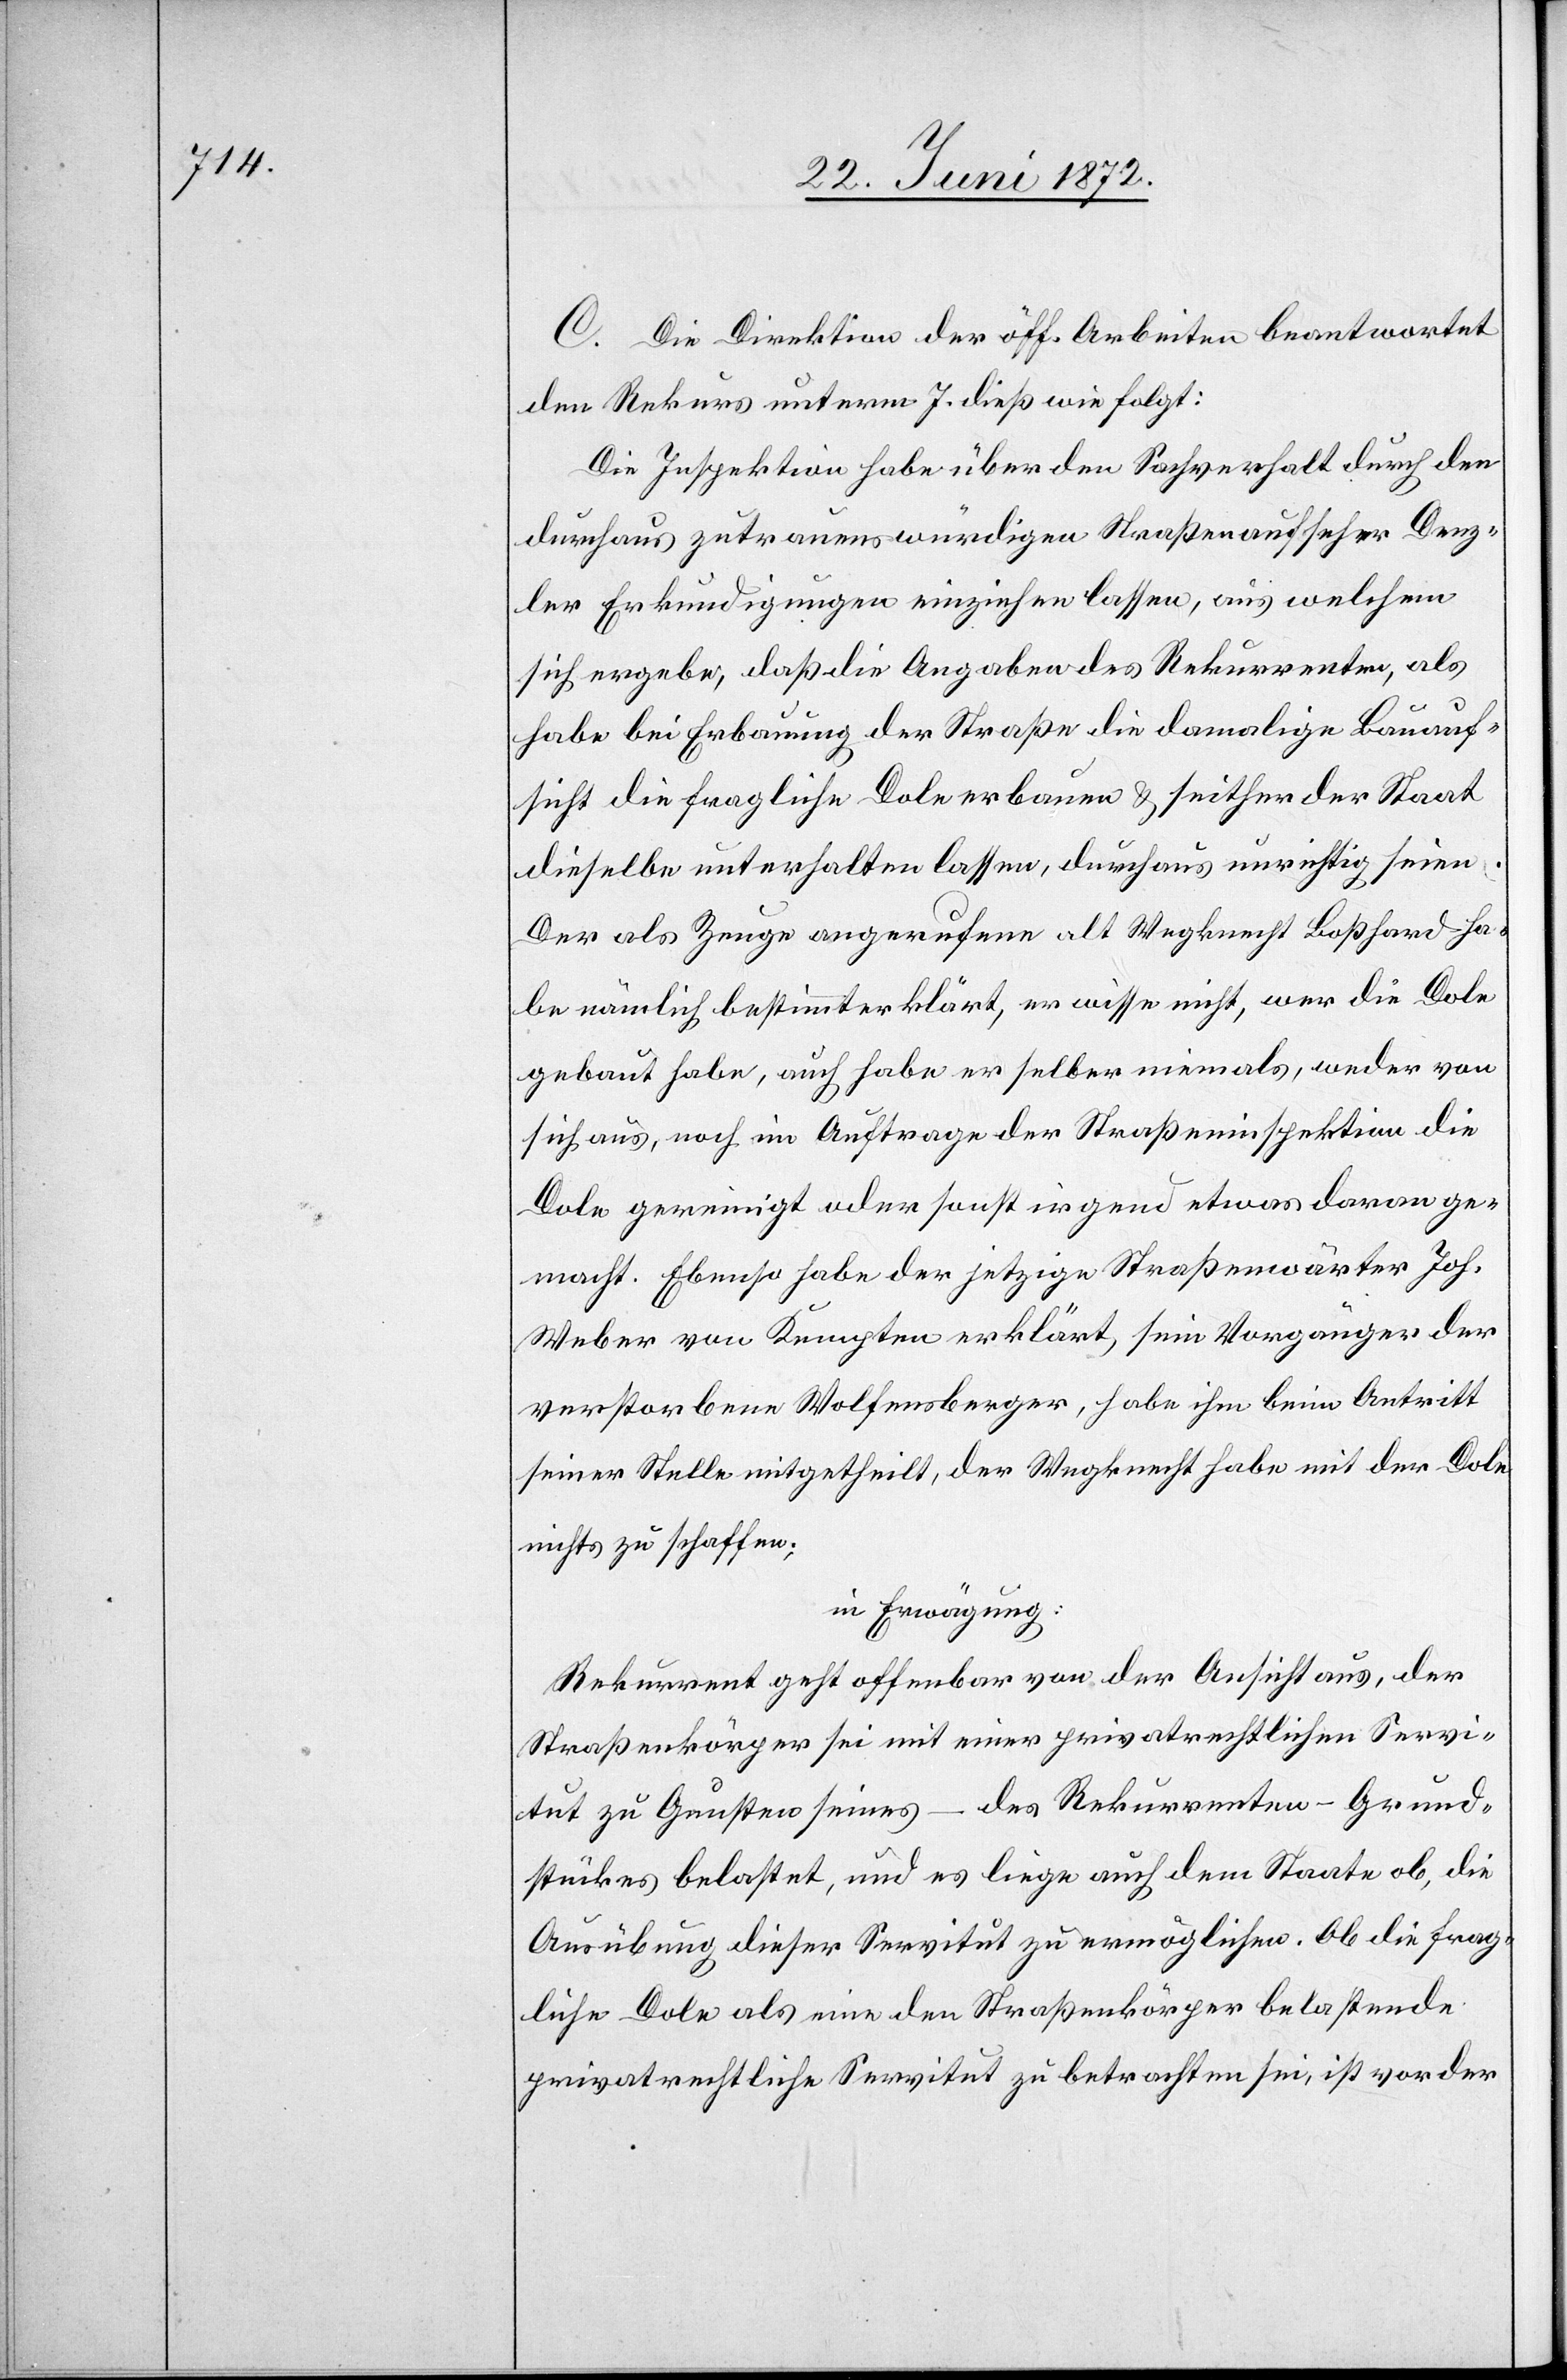
C. Die Direktion der öff. Arbeiten beantwortet
den Rekurs unterm 7. dieß wie folgt:
Die Inspektion habe über den Sachverhalt durch den
durchaus zutrauenswürdigen Straßenaufseher Denz¬
ler Erkundigungen einziehen lassen, aus welchem
sich ergebe, daß die Angaben des Rekurrenten, als
habe bei Erbauung der Straße die damalige Bauauf¬
sicht die fragliche Dole erbauen u. seither der Staat
dieselbe unterhalten lassen [sic!], durchaus unrichtig seien.
Der als Zeuge angerufene alt Wegknecht Boßhard ha¬
be nämlich bestimmt erklärt, er wisse nicht, wer die Dole
Dole gereinigt oder sonst irgend etwas daran ge¬
macht. Ebenso habe der jetzige Straßenwärter Joh.
Weber vom Kempten erklärt sein Vorgänger der
verstorbene Wolfensberger, habe ihm beim Antritt
seiner Stelle mitgetheilt, der Wegknecht habe mit der Dole
nichts zu schaffen;
in Erwägung:
Rekurrent geht offenbar von der Ansicht aus, der
Straßenkörper sei mit einer privatrechtlichen Servi¬
tut zu Gunsten seines – des Rekurrenten – Grund¬
stückes belastet, und es liege auch dem Staate ob, die
Ausübung dieser Servitut zu ermöglichen. Ob die frag¬
liche Dole als eine den Straßenkörper belastende
privatrechtliche Servitut zu betrachten sei, ist vor der